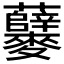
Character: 𪎃